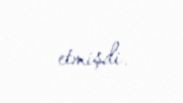
etmişdi.